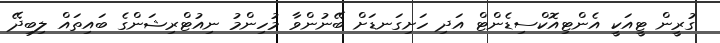
ގުރީން ޓީއަކީ އެންޓިއޮކްސިޑެންޓް އަދި ހަށިގަނޑަށް ބޭނުންވާ މުހިންމު ނިއުޓްރިޝަންގެ ބައިތައް ލިބިދޭ